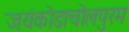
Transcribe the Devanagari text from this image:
जयंकोडाचोलपुरम